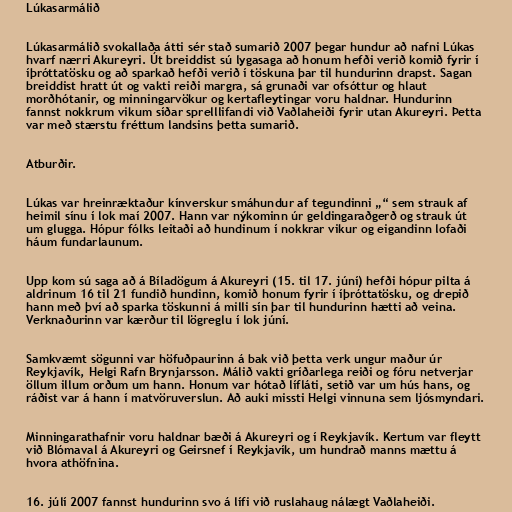
Lúkasarmálið

Lúkasarmálið svokallaða átti sér stað sumarið 2007 þegar hundur að nafni Lúkas
hvarf nærri Akureyri. Út breiddist sú lygasaga að honum hefði verið komið fyrir í
íþróttatösku og að sparkað hefði verið í töskuna þar til hundurinn drapst. Sagan
breiddist hratt út og vakti reiði margra, sá grunaði var ofsóttur og hlaut
morðhótanir, og minningarvökur og kertafleytingar voru haldnar. Hundurinn
fannst nokkrum vikum síðar sprelllifandi við Vaðlaheiði fyrir utan Akureyri. Þetta
var með stærstu fréttum landsins þetta sumarið.

Atburðir.

Lúkas var hreinræktaður kínverskur smáhundur af tegundinni „“ sem strauk af
heimil sínu í lok maí 2007. Hann var nýkominn úr geldingaraðgerð og strauk út
um glugga. Hópur fólks leitaði að hundinum í nokkrar vikur og eigandinn lofaði
háum fundarlaunum.

Upp kom sú saga að á Bíladögum á Akureyri (15. til 17. júní) hefði hópur pilta á
aldrinum 16 til 21 fundið hundinn, komið honum fyrir í íþróttatösku, og drepið
hann með því að sparka töskunni á milli sín þar til hundurinn hætti að veina.
Verknaðurinn var kærður til lögreglu í lok júní.

Samkvæmt sögunni var höfuðpaurinn á bak við þetta verk ungur maður úr
Reykjavík, Helgi Rafn Brynjarsson. Málið vakti gríðarlega reiði og fóru netverjar
öllum illum orðum um hann. Honum var hótað lífláti, setið var um hús hans, og
ráðist var á hann í matvöruverslun. Að auki missti Helgi vinnuna sem ljósmyndari.

Minningarathafnir voru haldnar bæði á Akureyri og í Reykjavík. Kertum var fleytt
við Blómaval á Akureyri og Geirsnef í Reykjavík, um hundrað manns mættu á
hvora athöfnina.

16. júlí 2007 fannst hundurinn svo á lífi við ruslahaug nálægt Vaðlaheiði.